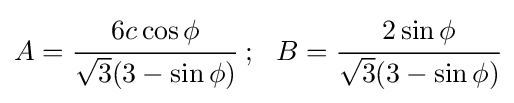
A={\cfrac {6c\cos \phi }{{\sqrt {3}}(3-\sin \phi )}}~;~~B={\cfrac {2\sin \phi }{{\sqrt {3}}(3-\sin \phi )}}